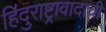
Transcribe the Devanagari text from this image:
हिंदुराष्ट्रावादाची